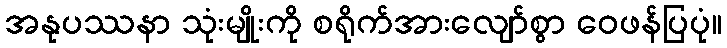
အနုပဿနာ သုံးမျိုးကို စရိုက်အားလျော်စွာ ဝေဖန်ပြပုံ။